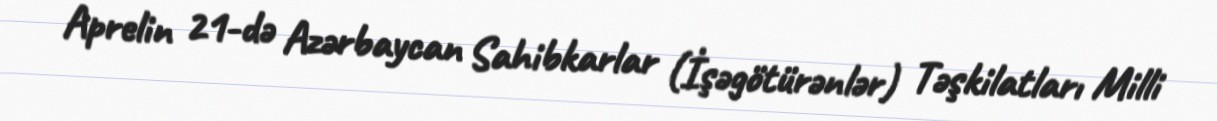
Aprelin 21-də Azərbaycan Sahibkarlar (İşəgötürənlər) Təşkilatları Milli